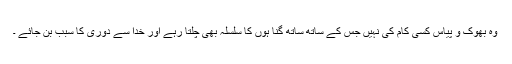
وہ بھوک و پیاس کسی کام کی نہیں جس کے ساتھ ساتھ گنا ہوں کا سلسلہ بھی چلتا رہے اور خدا سے دوری کا سبب بن جائے ۔